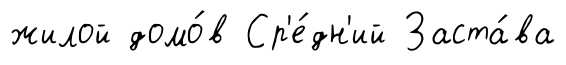
жилой домо́в Ср'е́дн'ий Заста́ва